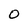
Character: O